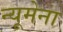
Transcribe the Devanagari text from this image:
न्यूमेना